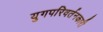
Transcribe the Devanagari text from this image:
युगपरिवर्तनकारी